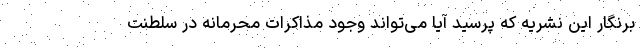
برنگار این نشریه که پرسید آیا می‌تواند وجود مذاکرات محرمانه در سلطنت